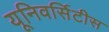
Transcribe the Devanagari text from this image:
यूनिवर्सिटीस